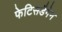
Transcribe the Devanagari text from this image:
फेटिसडैगेन